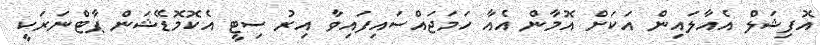
އޮފިޝަލް އެއާލައިން އަކަށް އޮމާން އެއާ ހަމަޖައްސައިފައިވާ އިރު ސިޓީ އެކޮމޮޑޭޝަން ޕާޓްނަރަކީ